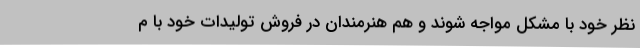
نظر خود با مشکل مواجه شوند و هم هنرمندان در فروش تولیدات خود با م